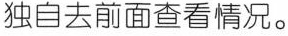
独自去前面查看情况。